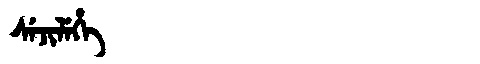
Manchu: ᠰᡝᠵᡳᠯᡝᡥᡝ
Romanization: SEJILEHE